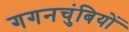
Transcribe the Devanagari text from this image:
गगनचुंबियों